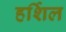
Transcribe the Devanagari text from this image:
हर्शिल